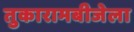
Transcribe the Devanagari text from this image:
तुकारामबीजेला